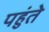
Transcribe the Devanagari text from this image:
पहुंते